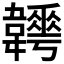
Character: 𩏬